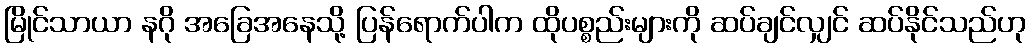
မြိုင်သာယာ နဂို အခြေအနေသို့ ပြန်ရောက်ပါက ထိုပစ္စည်းများကို ဆပ်ချင်လျှင် ဆပ်နိုင်သည်ဟု